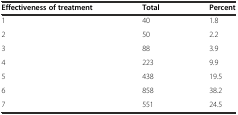
<table><thead><tr><td><b>Effectiveness of treatment</b></td><td><b>Total</b></td><td><b>Percent</b></td></tr></thead><tbody><tr><td>1</td><td>40</td><td>1.8</td></tr><tr><td>2</td><td>50</td><td>2.2</td></tr><tr><td>3</td><td>88</td><td>3.9</td></tr><tr><td>4</td><td>223</td><td>9.9</td></tr><tr><td>5</td><td>438</td><td>19.5</td></tr><tr><td>6</td><td>858</td><td>38.2</td></tr><tr><td>7</td><td>551</td><td>24.5</td></tr></tbody></table>